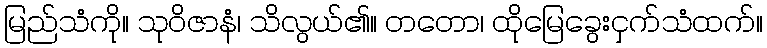
မြည်သံကို။ သုဝိဇာနံ၊ သိလွယ်၏။ တတော၊ ထိုမြေခွေးငှက်သံထက်။